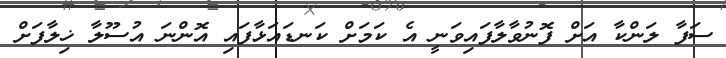
ސަފާ ލަންކާ އަށް ފޮނުވާލާފައިވަނީ އެ ކަމަށް ކަނޑައަޅާފައި އޮންނަ އުސޫލާ ޚިލާފަށް